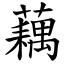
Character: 藕